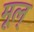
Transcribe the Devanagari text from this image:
मूल्